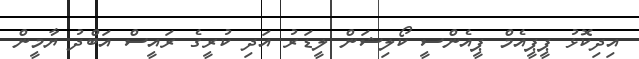
އިދިކޮޅު ޕީޕީއެމް ޕީއެންސީ ކޯލިޝަން ލީޑަރު އަދި ކުރީގެ ރައީސް އަބްދު ޔާމީން